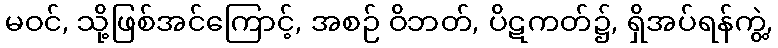
မဝင်, သို့ဖြစ်အင်ကြောင့်, အစဉ် ဝိဘတ်, ပိဋကတ်၌, ရှိအပ်ရန်ကွဲ့,